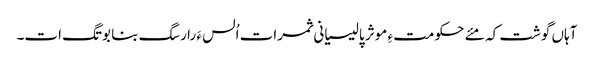
آہاں گوشت کہ مئے حکومت ءِ موثر پالیسیانی ثمرات اُلس ءَ را رسگ بنا بوتگ ات۔